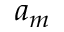
a _ { m }